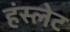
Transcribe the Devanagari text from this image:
हंस्लेट